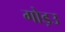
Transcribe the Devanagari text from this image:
गोड़उ